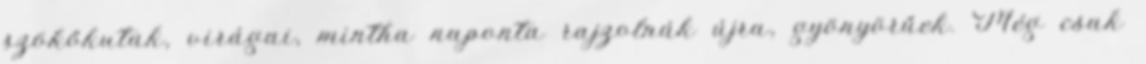
szökőkutak, virágai, mintha naponta rajzolnák újra, gyönyörűek. Még csak